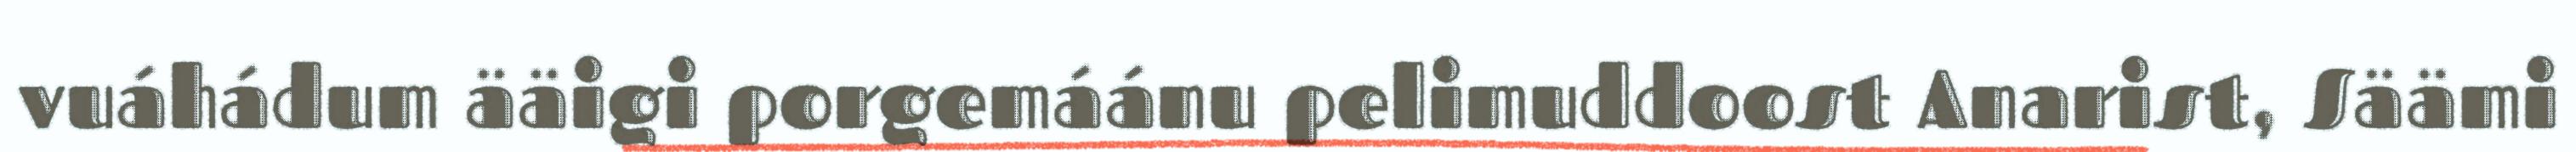
vuáhádum ääigi porgemáánu pelimuddoost Anarist, Säämi